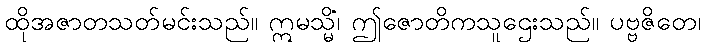
ထိုအဇာတသတ်မင်းသည်။ ဣမသ္မိံ၊ ဤဇောတိကသူဌေးသည်။ ပဗ္ဗဇိတေ၊